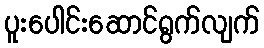
ပူးပေါင်းဆောင်ရွက်လျက်